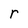
Character: r